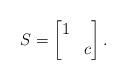
LaTeX: \begin{align*}S = \begin{bmatrix} 1 & \\ & c \end{bmatrix}.\end{align*}